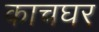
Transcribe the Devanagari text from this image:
काचघर